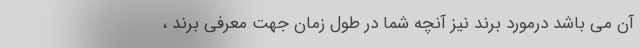
آن می باشد درمورد برند نیز آنچه شما در طول زمان جهت معرفی برند ،